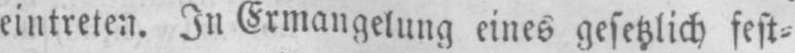
eintreten. In Ermangelung, eines gesetzlich fest⸗